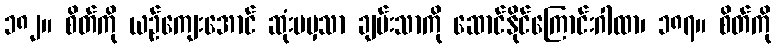
၁၈၂။ စိတ်ကို ယဉ်ကျေးအောင် ဆုံးမမှသာ ချမ်းသာကို ဆောင်နိုင်ကြောင်းဂါထာ၊ ၁၈၇။ စိတ်ကို